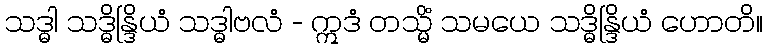
သဒ္ဓါ သဒ္ဓိန္ဒြိယံ သဒ္ဓါဗလံ - ဣဒံ တသ္မိံ သမယေ သဒ္ဓိန္ဒြိယံ ဟောတိ။